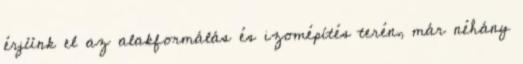
érjünk el az alakformálás és izomépítés terén, már néhány